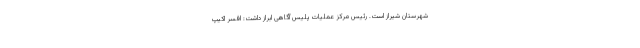
شهرستان شیراز است. رئیس مرکز عملیات پلیس آگاهی ابراز داشت: افسر اکیپ